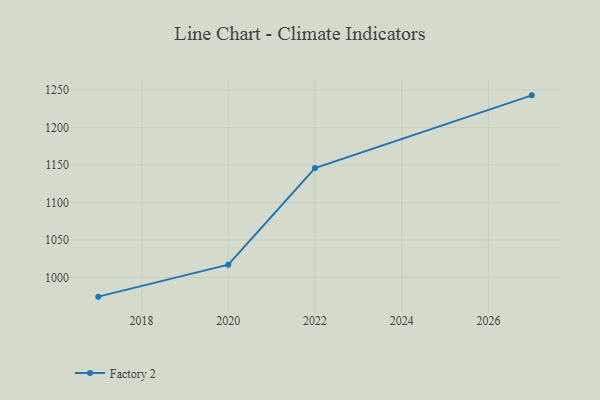
{"axis": {"x": "Year", "y": "Population (Million)"}, "legend": ["Factory 2"], "data": [{"x": "2027", "y": 1242.9, "type": "Factory 2"}, {"x": "2022", "y": 1146.0, "type": "Factory 2"}, {"x": "2020", "y": 1017.1, "type": "Factory 2"}, {"x": "2017", "y": 974.4, "type": "Factory 2"}]}